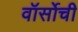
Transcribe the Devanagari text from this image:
वॉर्सोची